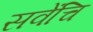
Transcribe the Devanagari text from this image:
सवेंचि